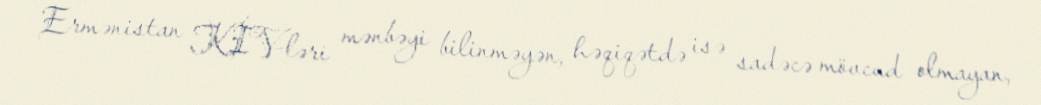
Ermənistan KİV-ləri mənbəyi bilinməyən, həqiqətdə isə sadəcə mövcud olmayan,